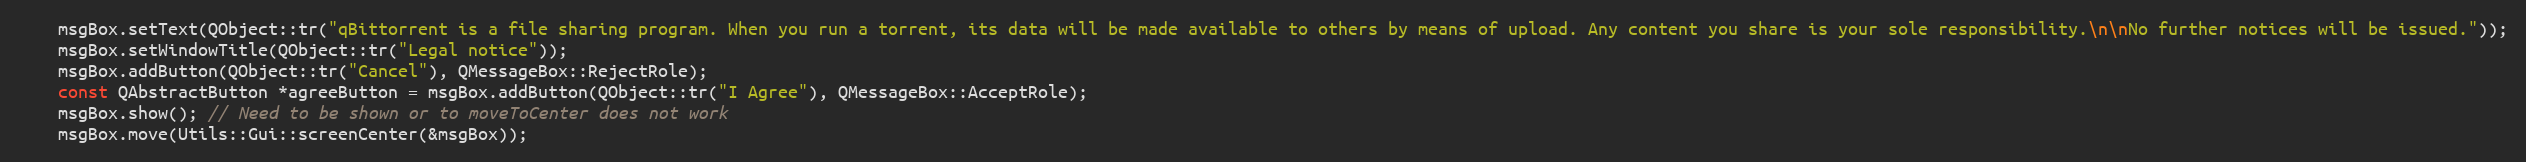
Language: C++
    msgBox.setText(QObject::tr("qBittorrent is a file sharing program. When you run a torrent, its data will be made available to others by means of upload. Any content you share is your sole responsibility.\n\nNo further notices will be issued."));
    msgBox.setWindowTitle(QObject::tr("Legal notice"));
    msgBox.addButton(QObject::tr("Cancel"), QMessageBox::RejectRole);
    const QAbstractButton *agreeButton = msgBox.addButton(QObject::tr("I Agree"), QMessageBox::AcceptRole);
    msgBox.show(); // Need to be shown or to moveToCenter does not work
    msgBox.move(Utils::Gui::screenCenter(&msgBox));